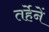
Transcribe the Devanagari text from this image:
तर्हेनें